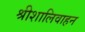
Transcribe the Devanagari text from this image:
श्रीशालिवाहन